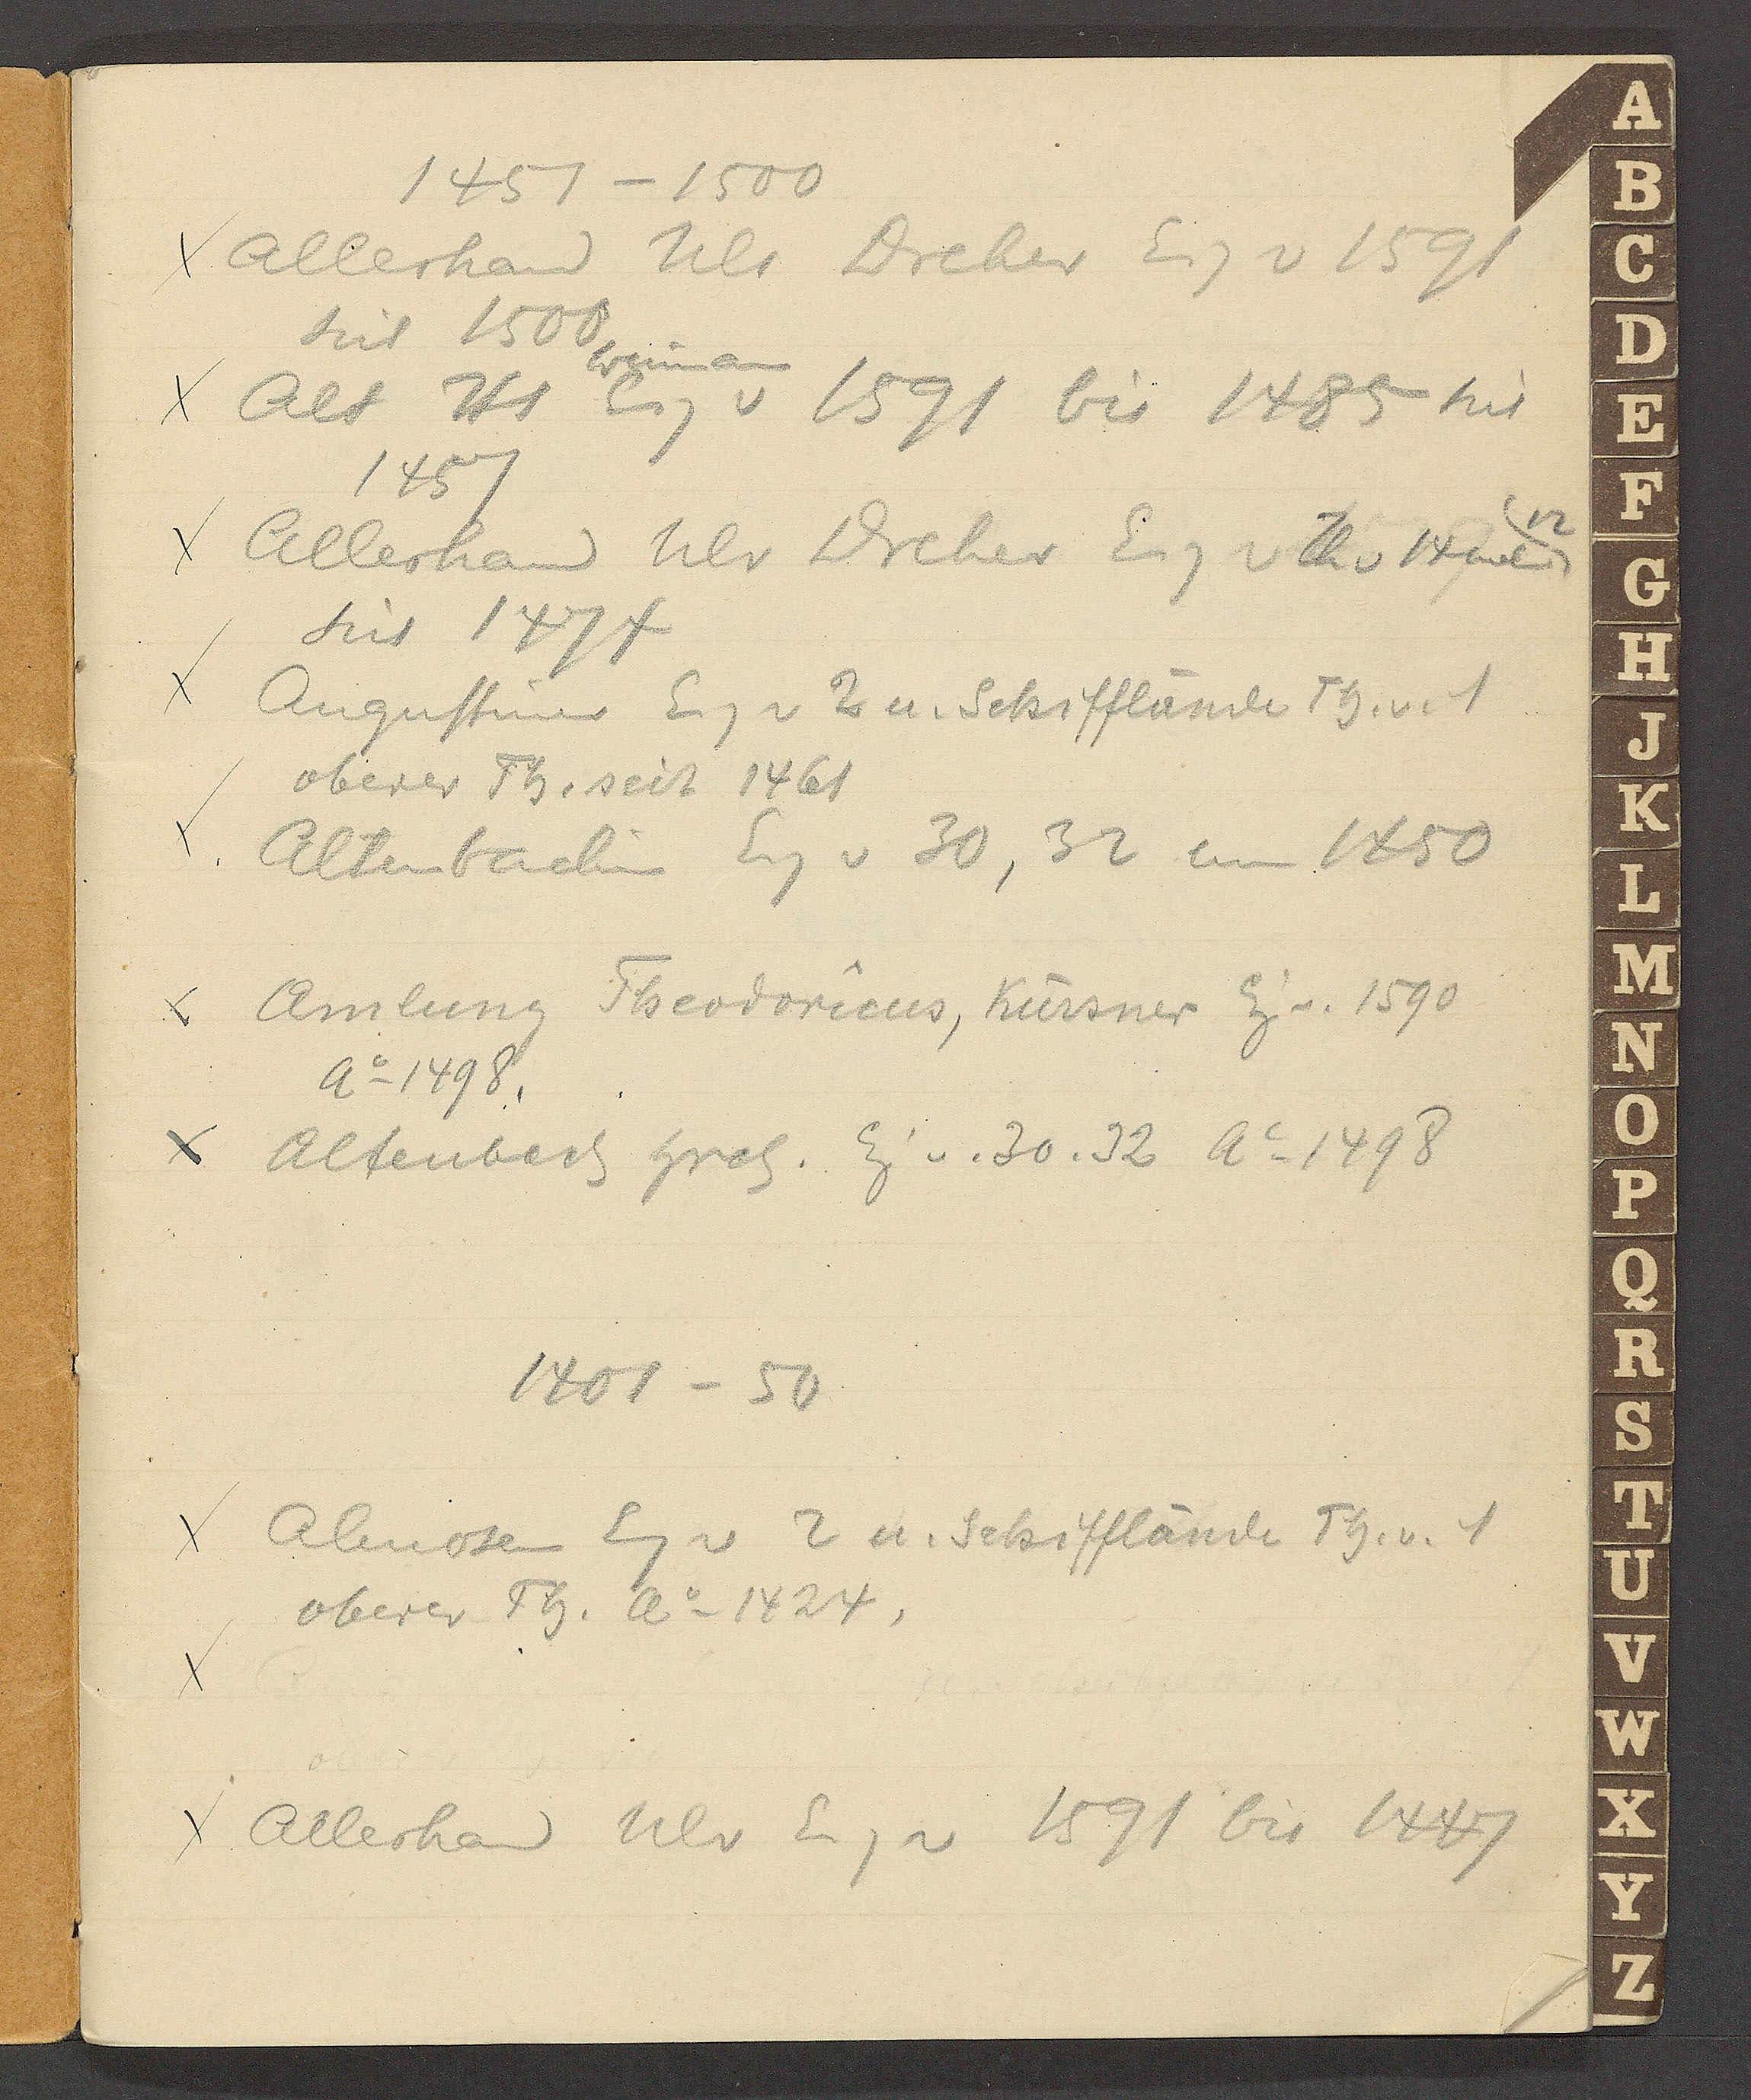
Transcript:
1451 – 1500
Allerhand Ulr Dreher Eig v 1591
seit 1500
Winman
Alt Hs Eig v 1591 bis 1485 seit
1457
Allerhand Ulr Dreher Eig v Th v 14 neb 12
seit 1474
Augustiner Eig v 2 u. Schifflände Th. v. 1
oberer Th. seit 1461
Altenbachin Eig v 30, 32 um 1450
Amlung Theodorîcus, Kürsner Eig v. 1590
Ao 1498
Altenbach Hrch. Eig v. 30, 32 Ao 1498
1401 – 50
Almosen Eig v 2 u. Schifflände Th. v. 1
oberer Th. Ao 1424,
Allerhand Ulr Eig v 1591 bis 1447